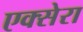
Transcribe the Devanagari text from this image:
एक्सेरा